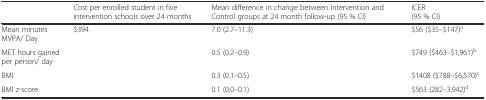
<table><thead><tr><td></td><td><b>Cost per enrolled student in five intervention schools over 24 months</b></td><td><b>Mean difference in change between Intervention and Control groups at 24 month follow-up (95 % CI)</b></td><td><b>ICER(95 % CI)</b></td></tr></thead><tbody><tr><td>Mean minutes MVPA/ Day</td><td rowspan="4">$394</td><td>7.0 (2.7–11.3)</td><td>$56 ($35–$147)<sup>a</sup></td></tr><tr><td>MET hours gained per person/ day</td><td>0.5 (0.2–0.9)</td><td>$749 ($463–$1,961)<sup>b</sup></td></tr><tr><td>BMI</td><td>0.3 (0.1–0.5)</td><td>$1408 ($788–$6,570)<sup>c</sup></td></tr><tr><td>BMI z-score</td><td>0.1 (0.0–0.1)</td><td>$563 (282–3,942)<sup>d</sup></td></tr></tbody></table>